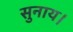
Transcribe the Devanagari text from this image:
सुनाय।